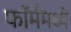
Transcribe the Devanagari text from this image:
फॉर्ममध्‍ये